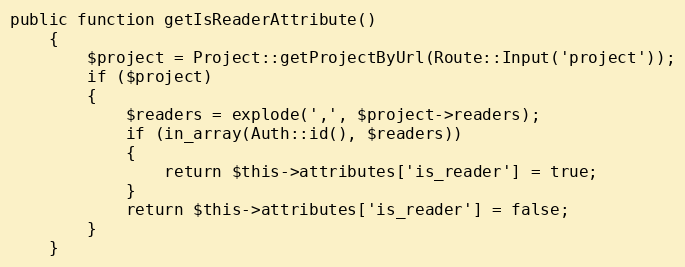
Language: PHP
public function getIsReaderAttribute()
	{
		$project = Project::getProjectByUrl(Route::Input('project'));
		if ($project)
		{
			$readers = explode(',', $project->readers);
			if (in_array(Auth::id(), $readers))
			{
				return $this->attributes['is_reader'] = true;
			}
			return $this->attributes['is_reader'] = false;
		}
	}